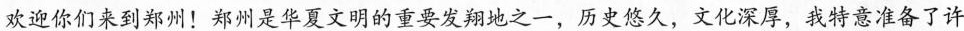
欢迎你们来到郑州！郑州是华夏文明的重要发翔地之一，历史悠久，文化深厚，我特意准备了许